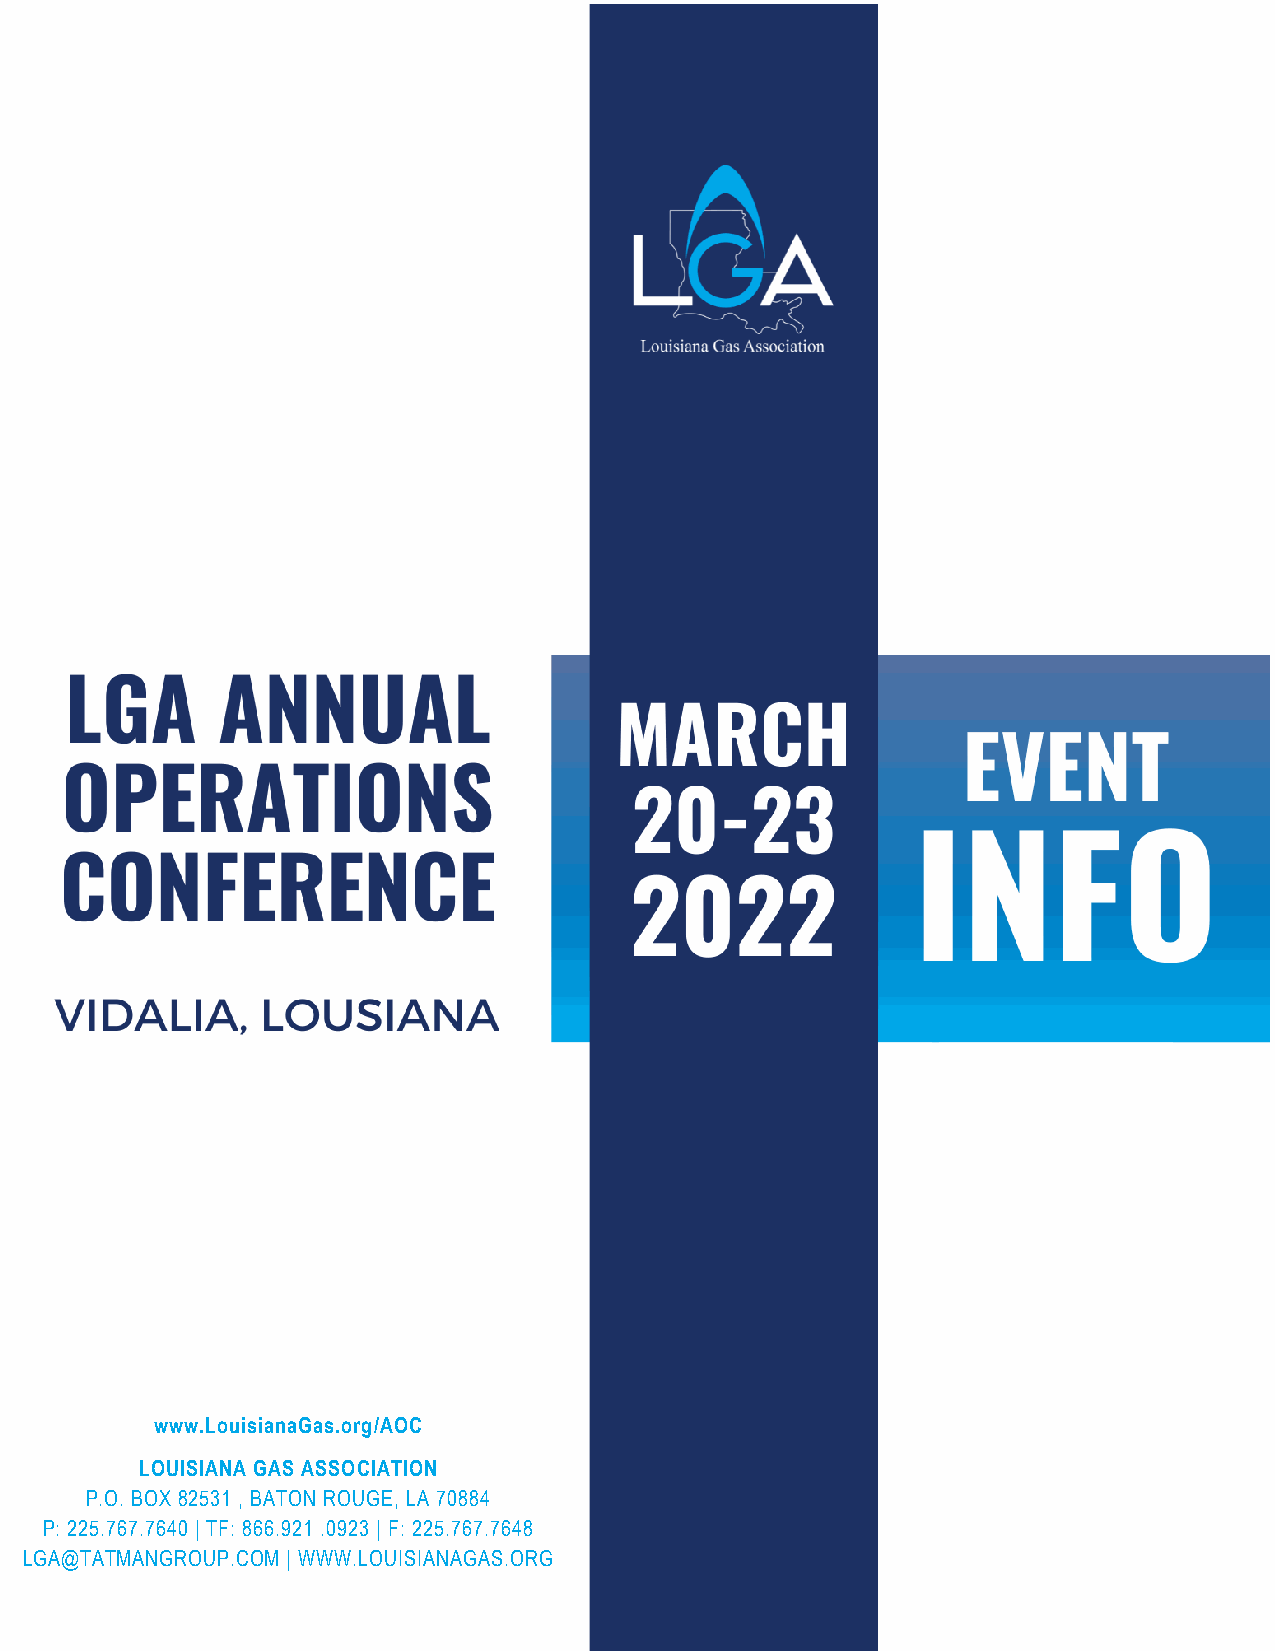
www.LouisianaGas.org/AOC
 LOUISIANA GAS ASSOCIATION
 P.O. BOX 82531 , BATON ROUGE, LA 70884
 P: 225.767.7640 | TF: 866.921 .0923 | F: 225.767.7648
 LGA@TATMANGROUP.COM | WWW.LOUISIANAGAS.ORG